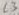
Text: L3